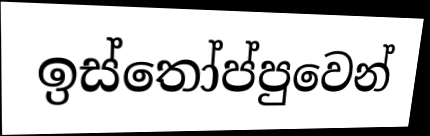
ඉස්තෝප්පුවෙන්